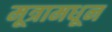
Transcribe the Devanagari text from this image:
मूत्रामधून